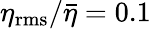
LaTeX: \eta_{\mathrm{rms}}/{\bar{\eta}}=0.1